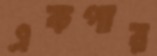
একপার